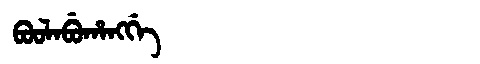
Manchu: ᠪᠣᠣᠯᠠᠪᡠᡥᠠᠩᡤᡝ
Romanization: BOOLABUHANGGE